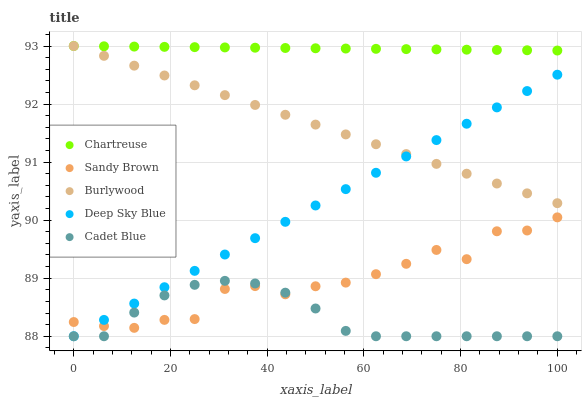
| xaxis_label | Chartreuse | Sandy Brown | Burlywood | Deep Sky Blue | Cadet Blue |
 | --- | --- | --- | --- | --- | --- |
 | 0 | 93 | 88.2 | 93 | 88 | 88 |
 | 6.25 | 93 | 88.2 | 92.8 | 88.3 | 88 |
 | 12.5 | 93 | 88.1 | 92.7 | 88.6 | 88.4 |
 | 18.8 | 93 | 88.3 | 92.5 | 88.8 | 88.7 |
 | 25 | 93 | 88.3 | 92.3 | 89.1 | 88.9 |
 | 31.2 | 93 | 88.8 | 92.2 | 89.4 | 89 |
 | 37.5 | 93 | 88.9 | 92 | 89.7 | 88.9 |
 | 43.8 | 93 | 88.7 | 91.8 | 90 | 88.8 |
 | 50 | 93 | 88.9 | 91.6 | 90.3 | 88.5 |
 | 56.2 | 93 | 88.9 | 91.5 | 90.5 | 88.1 |
 | 62.5 | 93 | 89.1 | 91.3 | 90.8 | 88 |
 | 68.8 | 92.9 | 89.2 | 91.1 | 91.1 | 88 |
 | 75 | 92.9 | 89.5 | 91 | 91.4 | 88 |
 | 81.2 | 92.9 | 89.3 | 90.8 | 91.7 | 88 |
 | 87.5 | 92.9 | 89.8 | 90.6 | 91.9 | 88 |
 | 93.8 | 92.9 | 89.8 | 90.5 | 92.2 | 88 |
 | 100 | 92.9 | 90 | 90.3 | 92.5 | 88 |